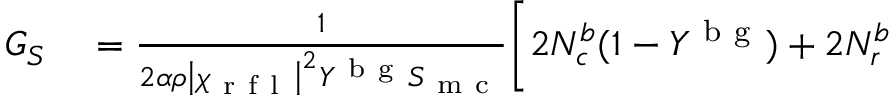
\begin{array} { r l } { G _ { S } } & { { } = \frac { 1 } { 2 \alpha \rho \left| \chi _ { \mathrm { ~ r ~ f ~ l ~ } } \right| ^ { 2 } Y ^ { \mathrm { ~ b ~ g ~ } } S _ { \mathrm { ~ m ~ c ~ } } } \biggl [ 2 N _ { c } ^ { b } ( 1 - Y ^ { \mathrm { ~ b ~ g ~ } } ) + 2 N _ { r } ^ { b } \biggr . } \end{array}